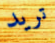
تريد